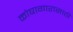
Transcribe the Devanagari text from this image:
कोषागारासाठी